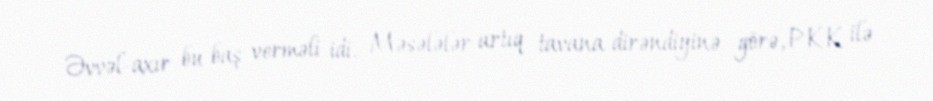
Əvvəl-axır bu baş verməli idi. Məsələlər artıq tavana dirəndiyinə görə, PKK ilə